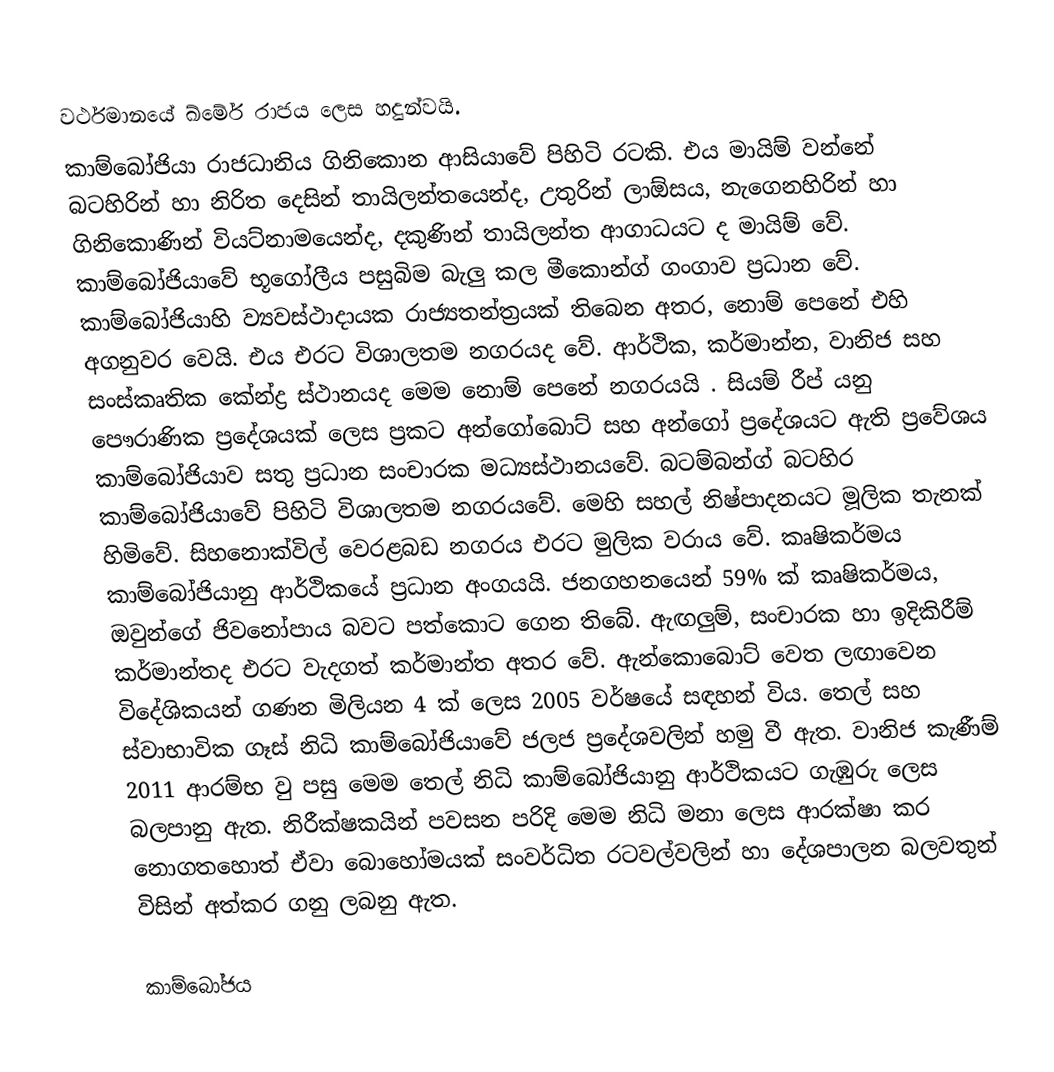
වර්ථමානයේ ඛ්මේර් රාජය ලෙස හදුන්වයි.
කාම්බෝජියා රාජධානිය ගිනිකොන ආසියාවේ පිහිටි රටකි. එය මායිම් වන්නේ බටහිරින් හා නිරිත දෙසින් තායිලන්තයෙන්ද, උතුරින් ලාඕසය, නැගෙනහිරින් හා ගිනිකොණින් විය‍ට්නාමයෙන්ද, දකුණින් තායිලන්ත ආගාධයට ද මායිම් වේ. කාම්බෝජියාවේ භූගෝලීය පසුබිම බැලු කල මීකොන්ග් ගංගාව ප්‍රධාන වේ. කාම්බෝජියාහි ව්‍යවස්ථාදායක රාජ්‍යතන්ත්‍රයක් තිබෙන අතර, නොම් පෙනේ එහි අගනුවර වෙයි. එය එරට විශාලතම නගරයද වේ. ආර්ථික, කර්මාන්න, වානිජ සහ සංස්කෘතික කේන්ද්‍ර ස්ථානයද මෙම නොම් පෙනේ නගරයයි . සියම් රීප් යනු පෞරාණික ප්‍රදේශයක් ලෙස ප්‍රකට අන්ගෝබොට් සහ අන්ගෝ ප්‍රදේශයට ඇති ප්‍රවේශය කාම්බෝජියාව සතු ප්‍රධාන සංචාරක මධ්‍යස්ථානයවේ. බටම්බන්ග් බටහිර කාම්බෝජියාවේ පිහිටි විශාලතම නගරයවේ. මෙහි සහල් නිෂ්පාදනයට මූලික තැනක් හිමිවේ. සිහනොක්විල් වෙරළබඩ නගරය එරට මුලික වරාය වේ. කෘෂිකර්මය කාම්බෝජියානු ආර්ථිකයේ ප්‍රධාන අංගයයි. ජනගහනයෙන් 59% ක් කෘෂිකර්මය, ඔවුන්ගේ ජිවනෝපාය බවට පත්කොට ගෙන තිබේ. ඇඟලුම්, සංචාරක හා ඉදිකිරීම් කර්මාන්තද එරට වැදගත් කර්මාන්ත අතර වේ. ඇන්කොබොට් වෙත ලඟාවෙන විදේශිකයන් ගණන මිලියන 4 ක් ලෙස 2005 වර්ෂයේ සඳහන් විය. තෙල් සහ ස්වාභාවික ගෑස් නිධි කාම්බෝජියාවේ ජලජ ප්‍රදේශවලින් හමු වී ඇත. වානිජ කැණීම් 2011 ආරම්භ වු පසු මෙම තෙල් නිධි කාම්බෝජියානු ආර්ථිකයට ගැඹුරු ලෙස බලපානු ඇත. නිරීක්ෂකයින් පවසන පරිදි මෙම නිධි මනා ලෙස ආරක්ෂා කර නොගතහොත් ඒවා බොහෝමයක් සංවර්ධිත රටවල්වලින් හා දේශපාලන බලවතුන් විසින් අත්කර ගනු ලබනු ඇත.

කාම්බෝජය